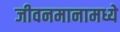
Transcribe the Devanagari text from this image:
जीवनमानामध्ये